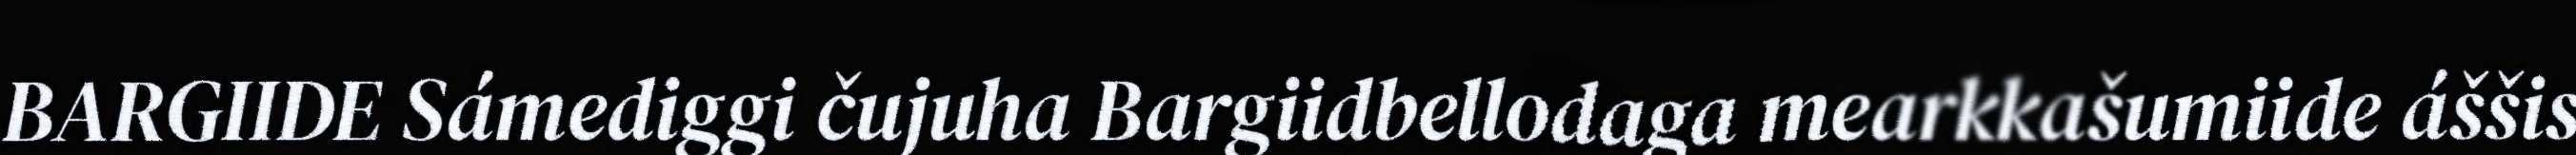
BARGIIDE Sámediggi čujuha Bargiidbellodaga mearkkašumiide áššis